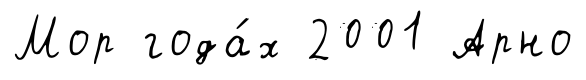
Мор года́х 2001 Арно